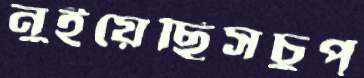
নুইয়েছিসচুপ্‌